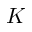
K